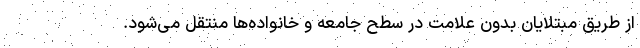
از طریق مبتلایان بدون علامت در سطح جامعه و خانواده‌ها منتقل می‌شود.